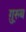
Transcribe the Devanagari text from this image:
ग़़ुरुब